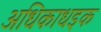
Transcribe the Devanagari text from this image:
अधिकाधइक